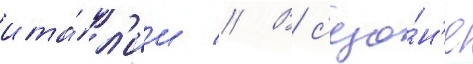
ита́л'ии // В с'езо́н'е